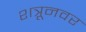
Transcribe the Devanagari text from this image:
शत्रूनवर